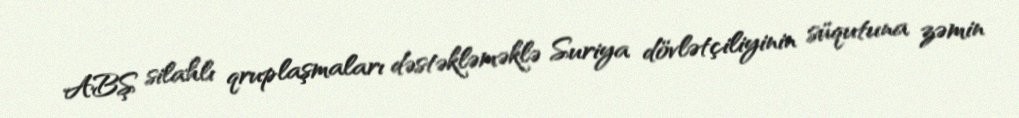
ABŞ silahlı qruplaşmaları dəstəkləməklə Suriya dövlətçiliyinin süqutuna zəmin